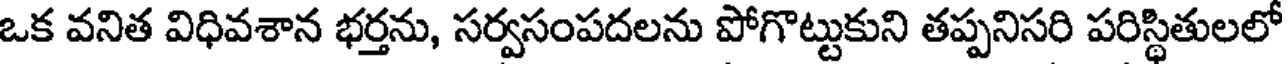
ఒక వనిత విధివశాన భర్తను, సర్వసంపదలను పోగొట్టుకుని తప్పనిసరి పరిస్థితులలో